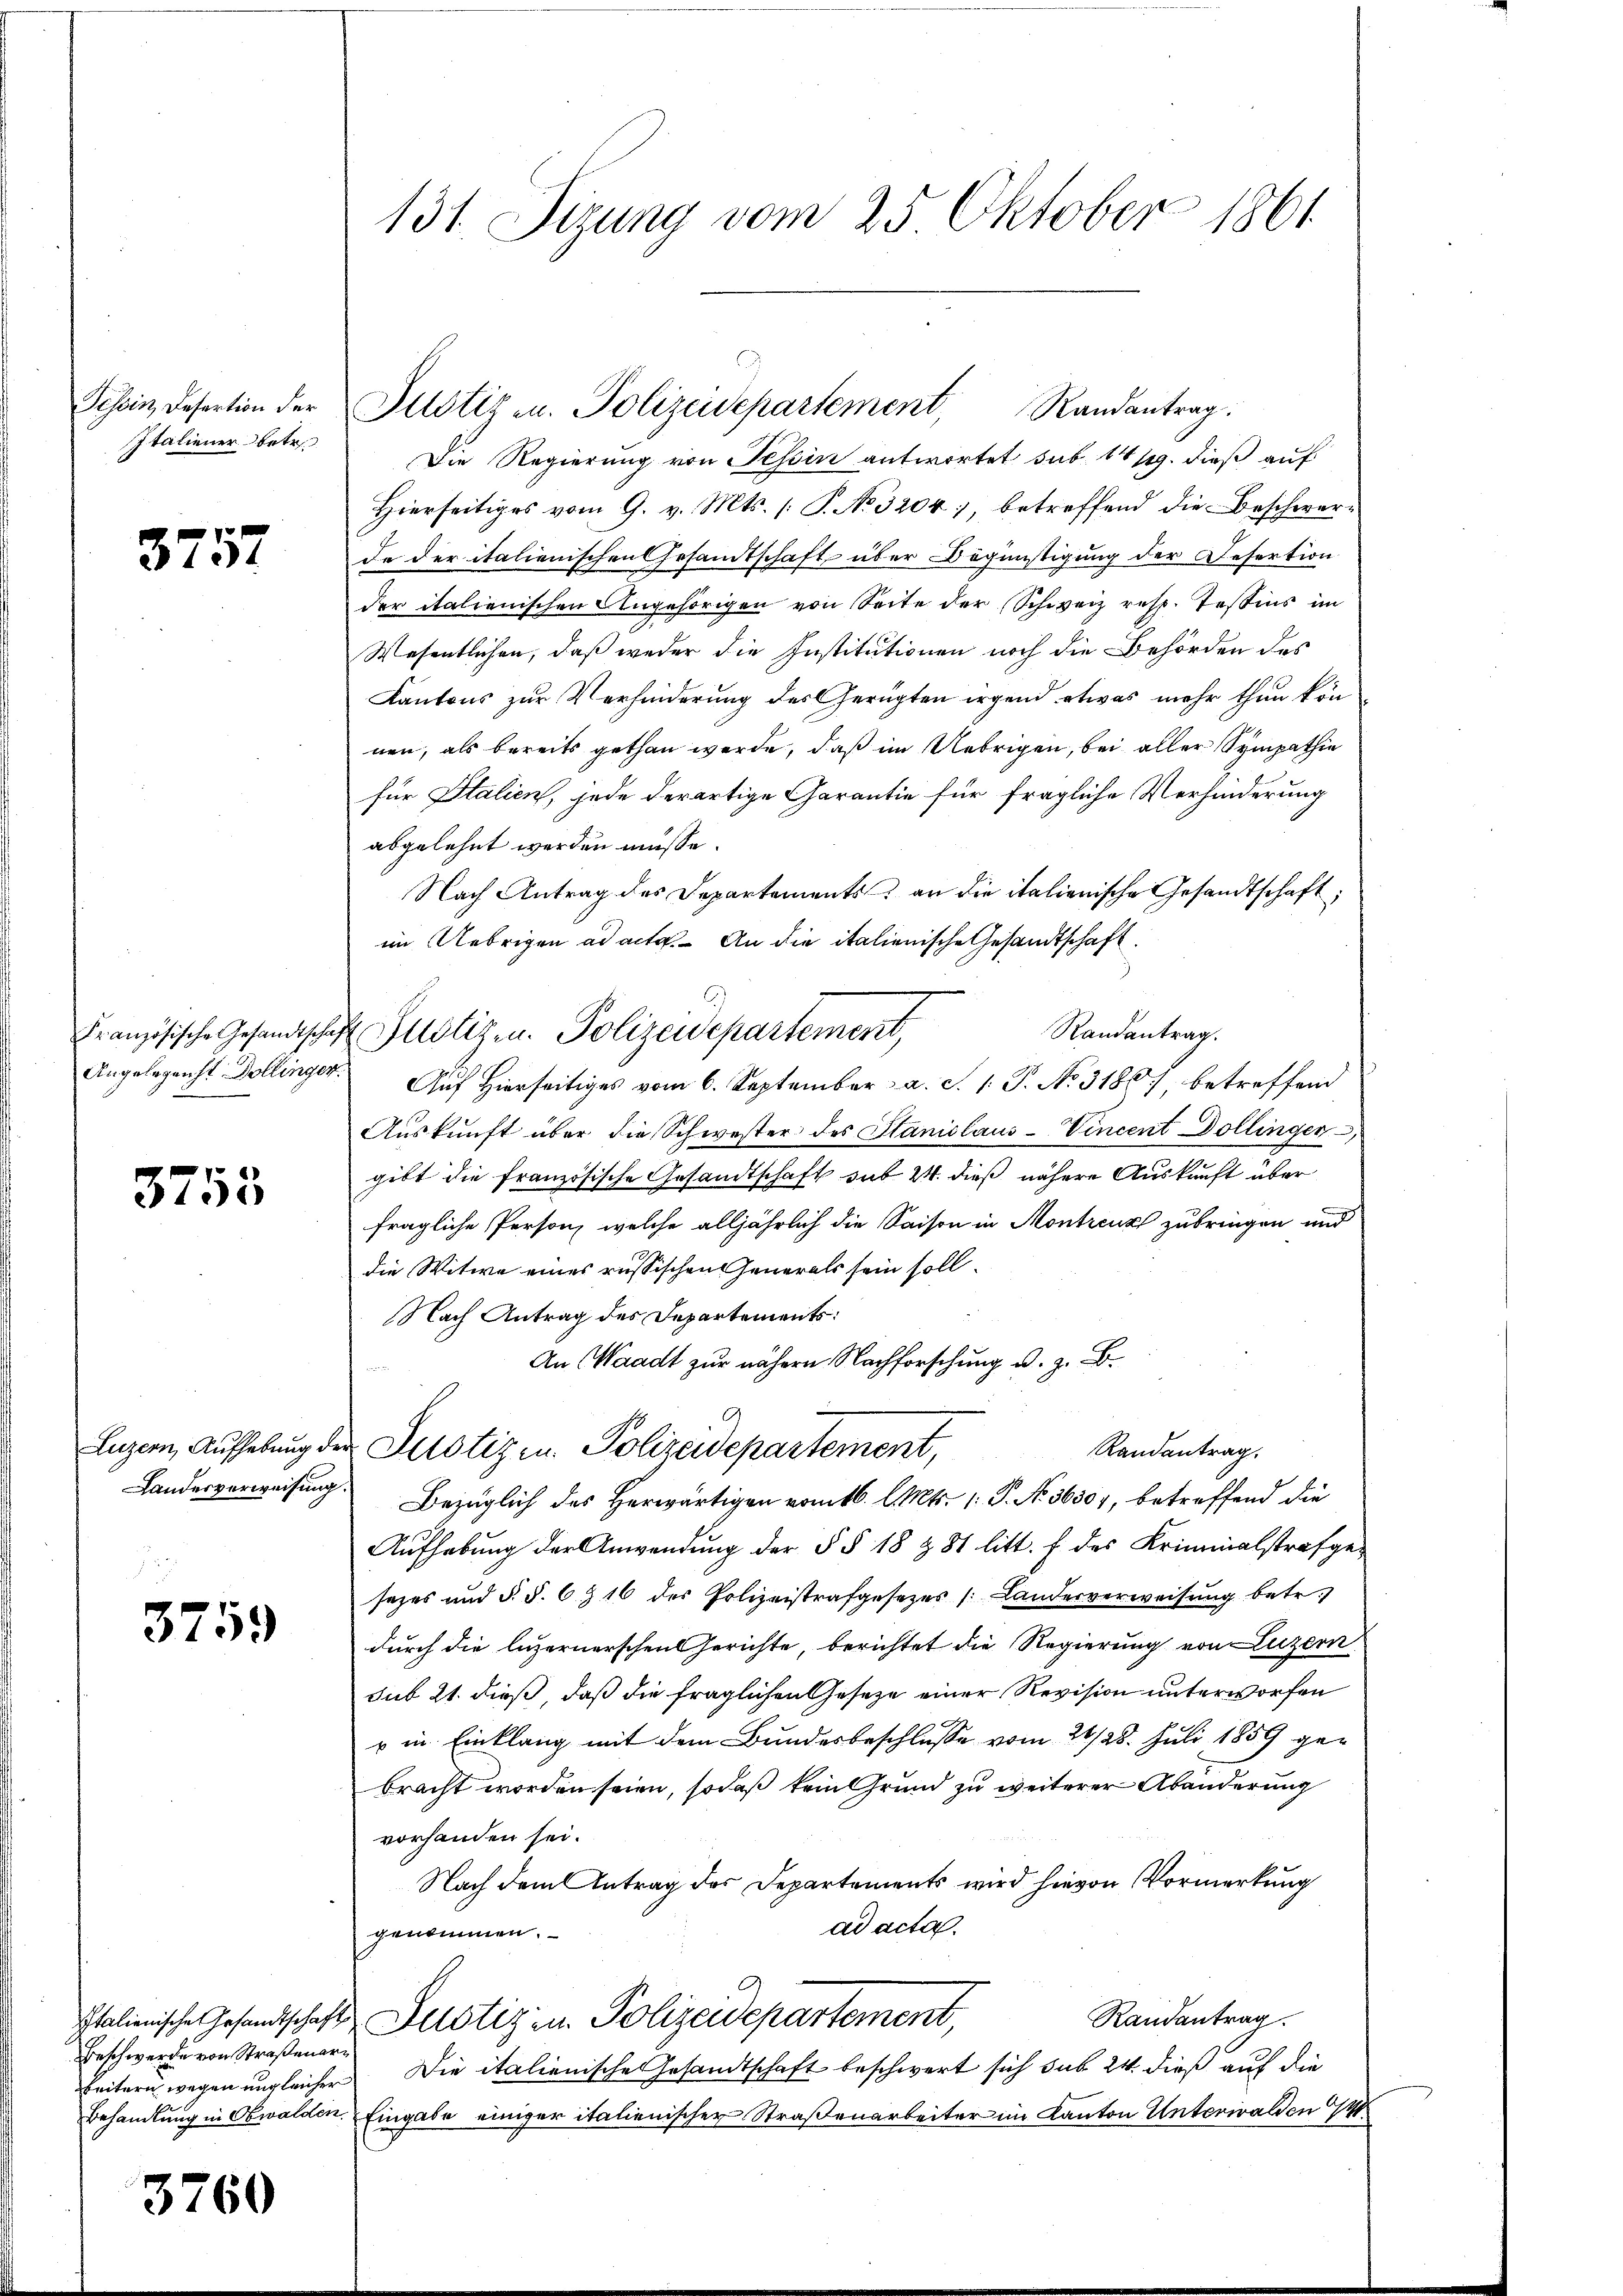
Tessin, Desartion der
Italiener betr.

3757

Französische Gesandtschaf
Angelegenst Dollingen

3755

3759

Beschwerde von Straßenarn
beitern wegen ungleicher

3760

131. Sizung vom 25. Oktober 1861

Justiz u. Polizeidepartement, Randantrag.
Die Regierung von Tessin antwortet sub 1419. dieß auf
Hierseitiges vom 9. v. Mts. /: P. No. 3204, betreffend die Beschwerde der italienischen Gesandtschaft über Begünstigung der Desertion
der italienischen Angehörigen von Seite der Schweiz resp. Testins im
Wesentlichen, daß weder die Institutionen noch die Behörden des
Kantons zur Verhinderung des Gerügten irgend etwas mehr thun kön
nen, als bereits gethan werde, daß im Uebrigen, bei aller Sympathie
für Italien, jede derartige Carantie für fragliche Verhinderung
abgelehnt werden müsse.
Nach Antrag des Departements, an die italienische Gesandtschaft;
im Uebrigen ad acta. An die italienische Gesandtschaft.
Randantrag.
4. Auf Hierseitiges vom 6. September a. S. 1. P. No. 3180.) betreffend
Auskunft über die Schwester des Staniclaus-Vincent Dollinger
gibt die französische Gesandtschaft sub 24. dieß nähere Auskunft über
fragliche Person, welche alljährlich die Saison in Montrenkt zubringen und
die Witwe eines russischen enerals sein soll.
Nach Antrag des Departements:
An Waadt zur nähern Nachforschung u. z. B.
Luzern, Aufhebung der Justizen. Polizeidepartement,
Randantrag.
Landesverweisung. Bezüglich des herwärtigen vom 16. l. Mts. 1. P. No. 36507, betreffend die
Aufhebung der Anwendung der § § 18 & 81 litt. f des Kriminalstrafge-
sezes und §. §. 6 § 16 des Polizeistrafgesezes (Landesverweisung betr.
durch die luzernerschen Gerichte, berichtet die Regierung von Luzern
sub 21. dieß, daß die fraglichen Geseze einer Revision unterworfen
r in Einklang mit dem Bundesbeschlusse vom 21/28. Juli 1859 gebracht worden seien, sodaß kein Grund zu weiterer Abänderung
vorhanden sei.
Nach dem Antrag des Departements wird hievon Vormerkung
ad acta.
genommen.
Randantrag.
Italienische Gesandtschaft Justiz in Polizeidepartement,
Die italienische Gesandtschaft beschwert sich sub 24 dieß auf die
Behandlung in Obwalden. Eingabe einiger italienischer Straßenarbeiter im Kanton Unterwalden 91

Justizen. Polizeidepartement,